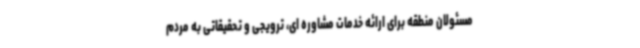
مسئولان منطقه برای ارائه خدمات مشاوره ای، ترویجی و تحقیقاتی به مردم